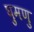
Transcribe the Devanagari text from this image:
घुमणु